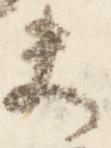
夫